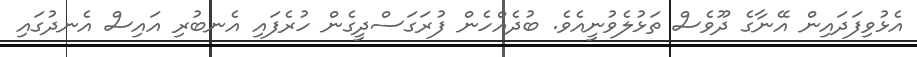
އެޅުވިފަދައިން އޭނާގެ ދޫވެސް ތަޅުލެވުނީއެވެ. ބުދެއްހެން ފުރަގަސްދީގެން ހުރެފައި އެނބުރި އައިސް އެނދުގައި